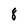
Character: 8